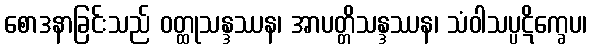
စောဒနာခြင်းသည် ဝတ္ထုသန္ဒဿန၊ အာပတ္တိသန္ဒဿန၊ သံဝါသပ္ပဋိက္ခေပ၊